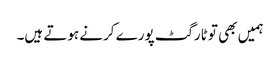
ہمیں بھی تو ٹارگٹ پورے کرنے ہوتے ہیں۔